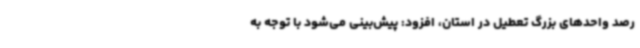
رصد واحدهای بزرگ تعطیل در استان، افزود: پیش‌بینی می‌شود با توجه به